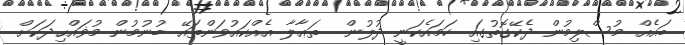
ބައެއް މުސްލިމުން ދެކޭގޮތުގައި ހަމައެކަނީ ދުލުން  ތަޢާލާ އެއްކައުވަންތައޭ ބުނުމުން މުޥައްޙިދަކަށް